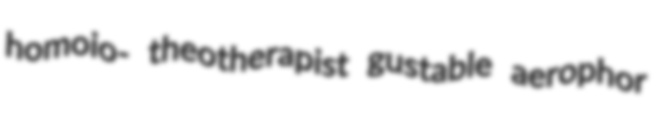
homoio- theotherapist gustable aerophor